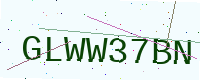
Text: GLWW37BN